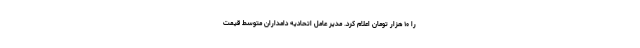
را ۱۰ هزار تومان اعلام کرد. مدیر عامل اتحادیه دامداران متوسط قیمت